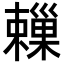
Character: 𣝞